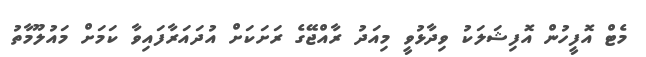
މެޓް އޮފީހުން އޮފިޝަލަކު ވިދާޅުވީ މިއަދު ރާއްޖޭގެ ރަށަކަށް އުދައަރާފައިވާ ކަމަށް މައުލޫމާތު